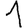
Digit: 1